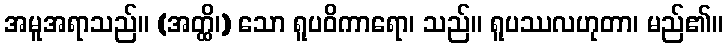
အမူအရာသည်။ (အတ္ထိ၊) သော ရူပဝိကာရော၊ သည်။ ရူပဿလဟုတာ၊ မည်၏။